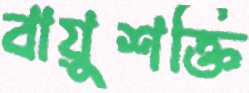
বায়ুশক্তি